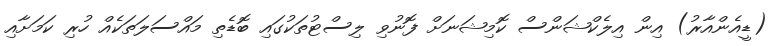
(ޑީއެންއާރު) އިން އިލެކްޝަންސް ކޮމިޝަނަށް ފޮނުވި ލިސްޓުތަކުގައި ބޮޑެތި މައްސަލަތަކެއް ހުރި ކަމަށާއި